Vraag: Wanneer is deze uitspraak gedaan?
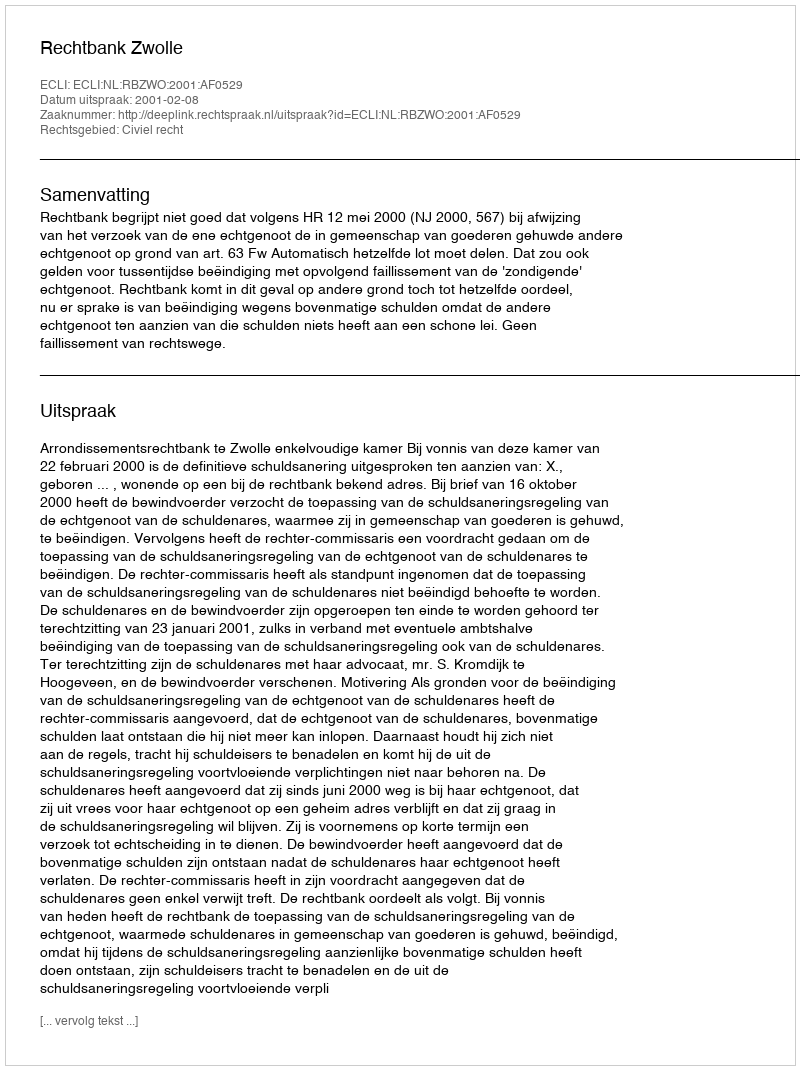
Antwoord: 2001-02-08